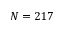
N = 2 1 7